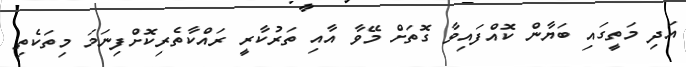
އަދި މަތީގައި ބަޔާން ކޮއްފައިވާ ގޮތަށް މޭވާ އާއި ތަރުކާރީ ރައްކާތެރިކޮށްފިނަމަ މިތަކެތި